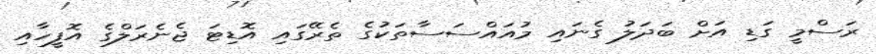
ރަސްމީ ގަޑި އަށް ބަދަލު ގެނައި މުއައްސަސާތަކުގެ ތެރޭގައި އޮޑިޓަ ޖެނެރަލްގެ އޮފީހާއި